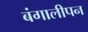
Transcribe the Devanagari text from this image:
बंगालीपन